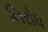
નિરોધ